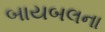
બાયબલના